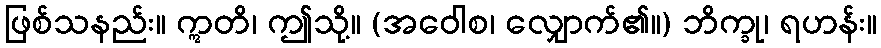
ဖြစ်သနည်း။ ဣတိ၊ ဤသို့။ (အဝေါစ၊ လျှောက်၏။) ဘိက္ခု၊ ရဟန်း။